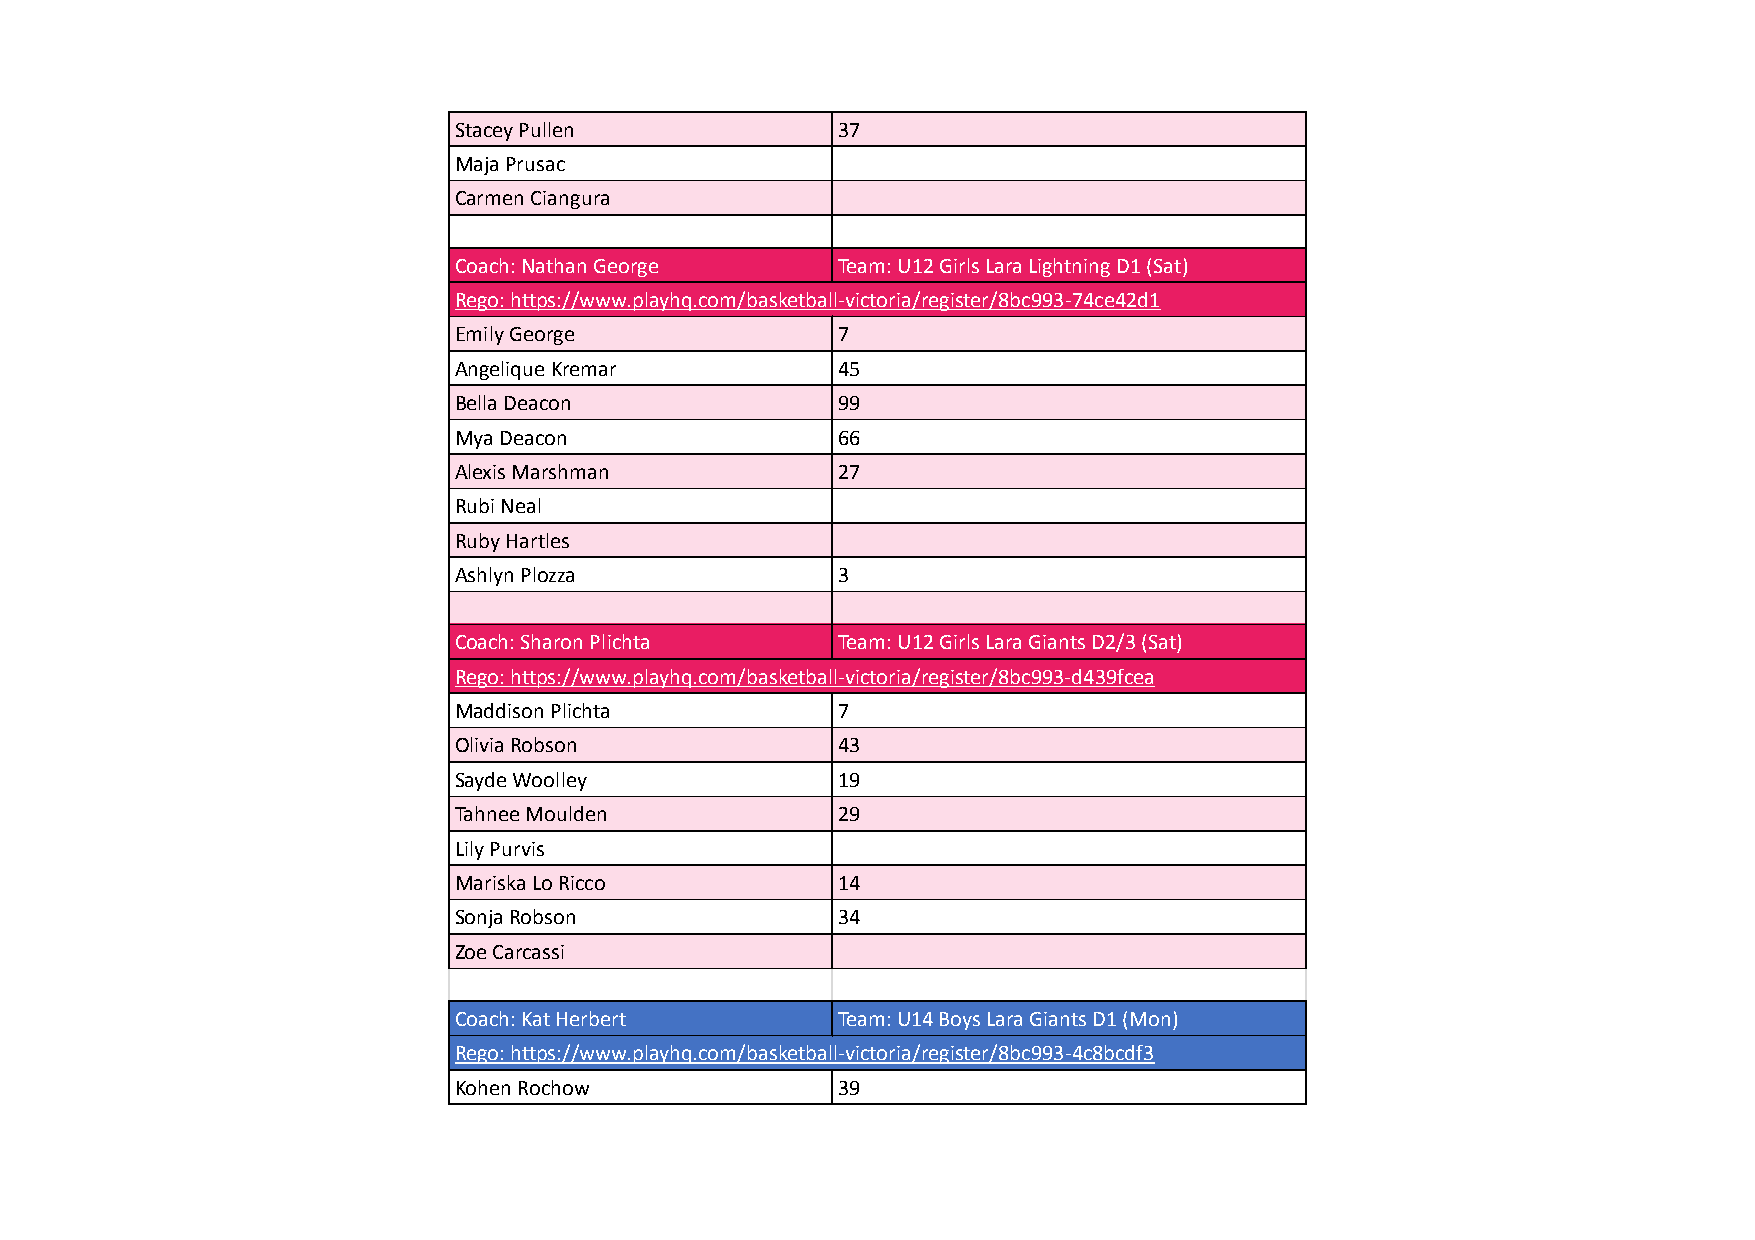
Stacey Pullen            37
 Maja Prusac
 Carmen Ciangura
 Coach: Nathan George     Team: U12 Girls Lara Lightning D1 (Sat)
 Rego: https://www.playhq.com/basketball-victoria/register/8bc993-74ce42d1
 Emily George             7
 Angelique Kremar         45
 Bella Deacon             99
 Mya Deacon               66
 Alexis Marshman          27
 Rubi Neal
 Ruby Hartles
 Ashlyn Plozza            3
 Coach: Sharon Plichta    Team: U12 Girls Lara Giants D2/3 (Sat)
 Rego: https://www.playhq.com/basketball-victoria/register/8bc993-d439fcea
 Maddison Plichta         7
 Olivia Robson            43
 Sayde Woolley            19
 Tahnee Moulden           29
 Lily Purvis
 Mariska Lo Ricco         14
 Sonja Robson             34
 Zoe Carcassi
 Coach: Kat Herbert       Team: U14 Boys Lara Giants D1 (Mon)
 Rego: https://www.playhq.com/basketball-victoria/register/8bc993-4c8bcdf3
 Kohen Rochow             39